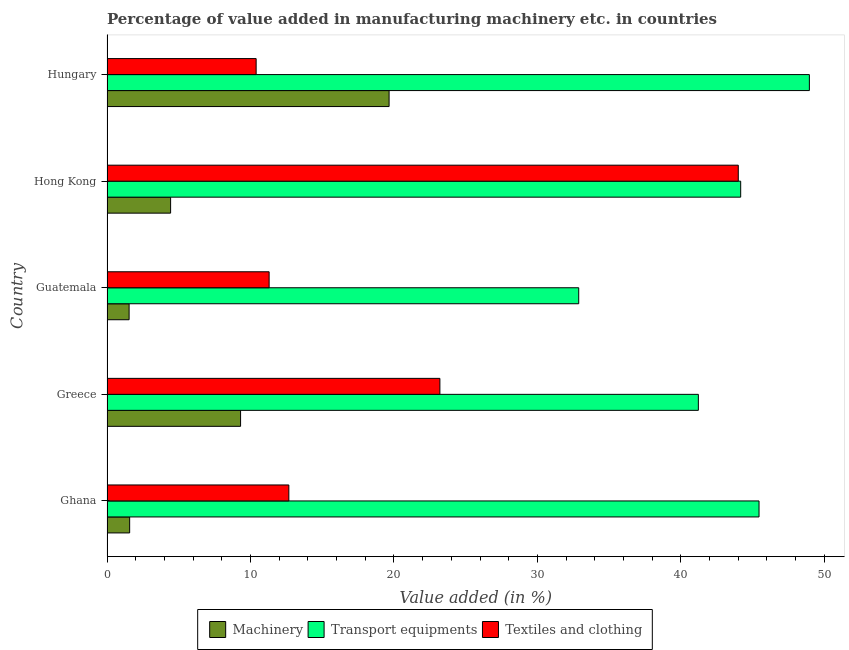
| Country | Machinery | Transport equipments | Textiles and clothing |
 | --- | --- | --- | --- |
 | Ghana | 1.58 | 45.4 | 12.7 |
 | Greece | 9.31 | 41.2 | 23.2 |
 | Guatemala | 1.54 | 32.9 | 11.3 |
 | Hong Kong | 4.43 | 44.2 | 44 |
 | Hungary | 19.7 | 49 | 10.4 |